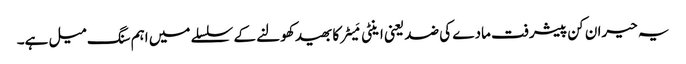
یہ حیران کن پیشرفت مادے کی ضد یعنی اینٹی مَیٹر کا بھید کھولنے کے سلسلے میں اہم سنگ میل ہے۔